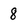
Character: 8